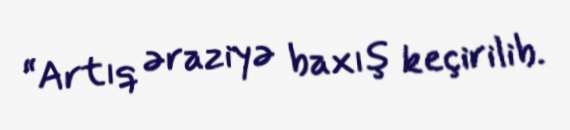
“Artıq əraziyə baxış keçirilib.